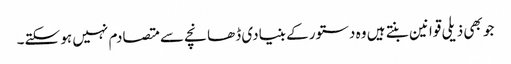
جو بھی ذیلی قوانین بنتے ہیں وہ دستور کے بنیادی ڈھانچے سے متصادم نہیں ہو سکتے۔